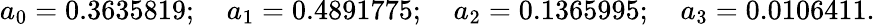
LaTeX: a_{0}=0.3635819;\quad a_{1}=0.4891775;\quad a_{2}=0.1365995;\quad a_{3}=0.0106411.